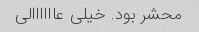
محشر بود. خیلی عاااااالی